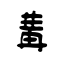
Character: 冓